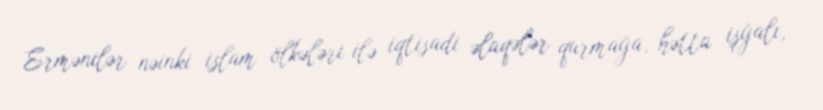
Ermənilər nəinki islam ölkələri ilə iqtisadi əlaqələr qurmağa, hətta işğalı,